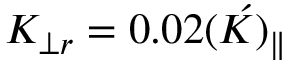
K _ { \perp r } = 0 . 0 2 \acute { ( K ) _ { \parallel } }